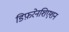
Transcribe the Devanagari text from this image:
डिफ़रेनशिएशन